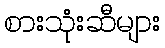
စားသုံးဆီများ